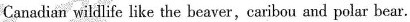
Canadian wildlife like the beaver,caribou and polar bear.